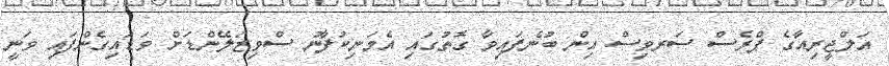
އަލްޖީރިއާގެ ޕްރެސް ސަރވިސް އިން ބުނެފައިވާ ގޮތުގައި އެމަނިކުފާނު ސްވިޒަލޭންޑަށް ވަޑައިގެންފައި ވަނީ